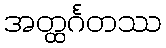
အတ္ထင်္ဂတဿ